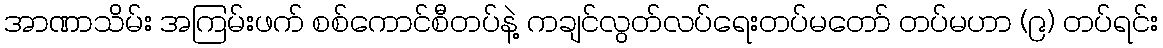
အာဏာသိမ်း အကြမ်းဖက် စစ်ကောင်စီတပ်နဲ့ ကချင်လွတ်လပ်ရေးတပ်မတော် တပ်မဟာ (၉) တပ်ရင်း